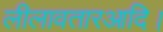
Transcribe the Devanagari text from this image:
लीलावतारआदि।